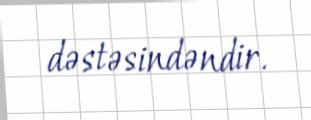
dəstəsindəndir.